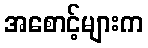
အစောင့်များက